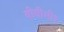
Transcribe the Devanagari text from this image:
बीबीसी१